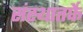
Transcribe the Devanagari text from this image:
संस्थातर्फे